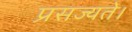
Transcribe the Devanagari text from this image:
प्रसज्यते।